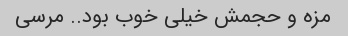
مزه و حجمش خیلی خوب بود.. مرسی